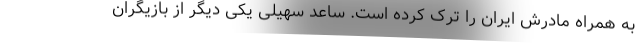
به همراه مادرش ایران را ترک کرده است. ساعد سهیلی یکی دیگر از بازیگران